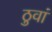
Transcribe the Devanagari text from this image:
ठुवां